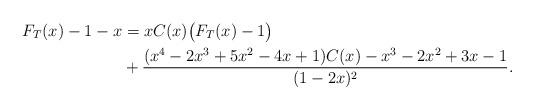
LaTeX: \begin{align*}F_T(x)-1-x&=xC(x)\big(F_T(x)-1\big)\\&+\frac{(x^4-2x^3+5x^2-4x+1)C(x)-x^3-2x^2+3x-1}{(1-2x)^2}.\end{align*}